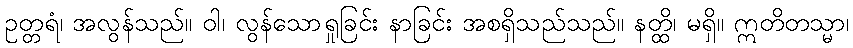
ဥတ္တရံ၊ အလွန်သည်။ ဝါ၊ လွန်သောရှုခြင်း နာခြင်း အစရှိသည်သည်။ နတ္ထိ၊ မရှိ။ ဣတိတသ္မာ၊